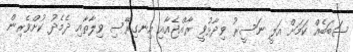
ސަބަބެއް ކަމަށް އަލީ ނަސީރު ވިދާޅުވީ ރާއްޖެއާއި އިނގިރޭސި ވިލާތާއި ދެމެދު ކުށްވެރިން